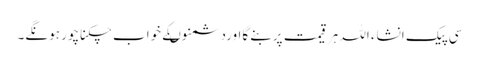
سی پیک انشاء اللہ ہرقیمت پربنے گااوردشمنوںکے خواب چکناچور ہونگے۔